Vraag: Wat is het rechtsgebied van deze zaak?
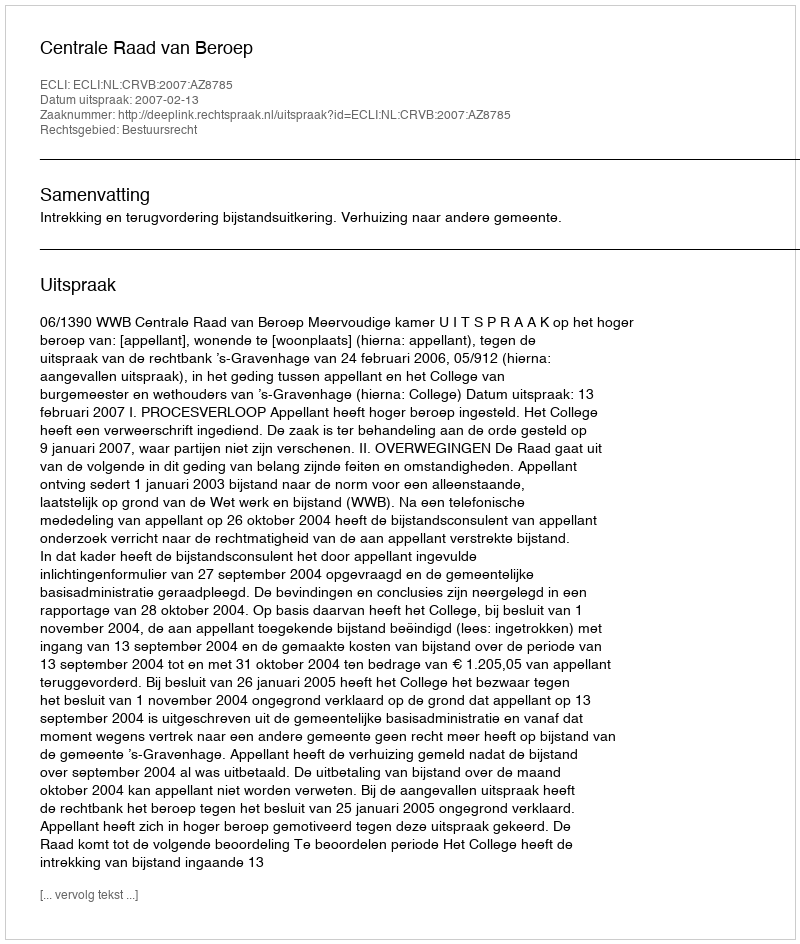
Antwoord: Bestuursrecht